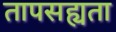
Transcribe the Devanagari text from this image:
तापसह्यता